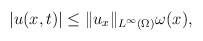
\begin{align*}|u(x,t)|\leq \|u_x\|_{L^\infty(\Omega)}\omega(x),\end{align*}